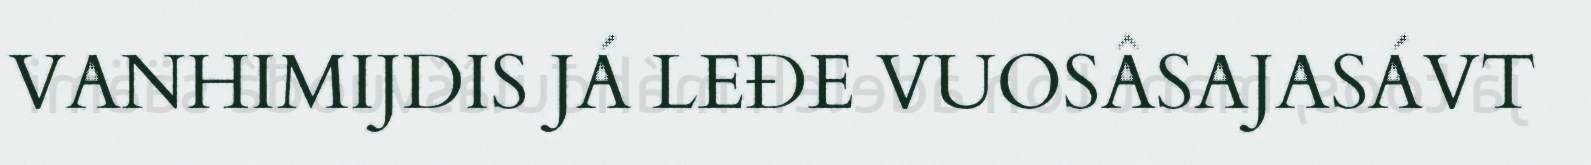
VANHIMIJDIS JÁ LEĐE VUOSÂSAJASÁVT